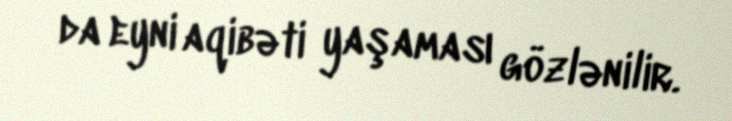
da eyni aqibəti yaşaması gözlənilir.